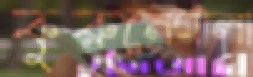
কুরুনেগালা